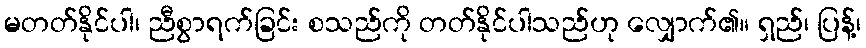
မတတ်နိုင်ပါ၊ ညီစွာရက်ခြင်း စသည်ကို တတ်နိုင်ပါသည်ဟု လျှောက်၏။ ရှည်၊ ပြန့်၊